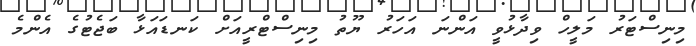
މިނިސްޓަރު މަލީހް ވިދާޅުވީ އަންނަ އަހަރު ޔޫތު މިނިސްޓްރީއަށް ކަނޑައަޅާ ބަޖެޓުގެ އެންމެ